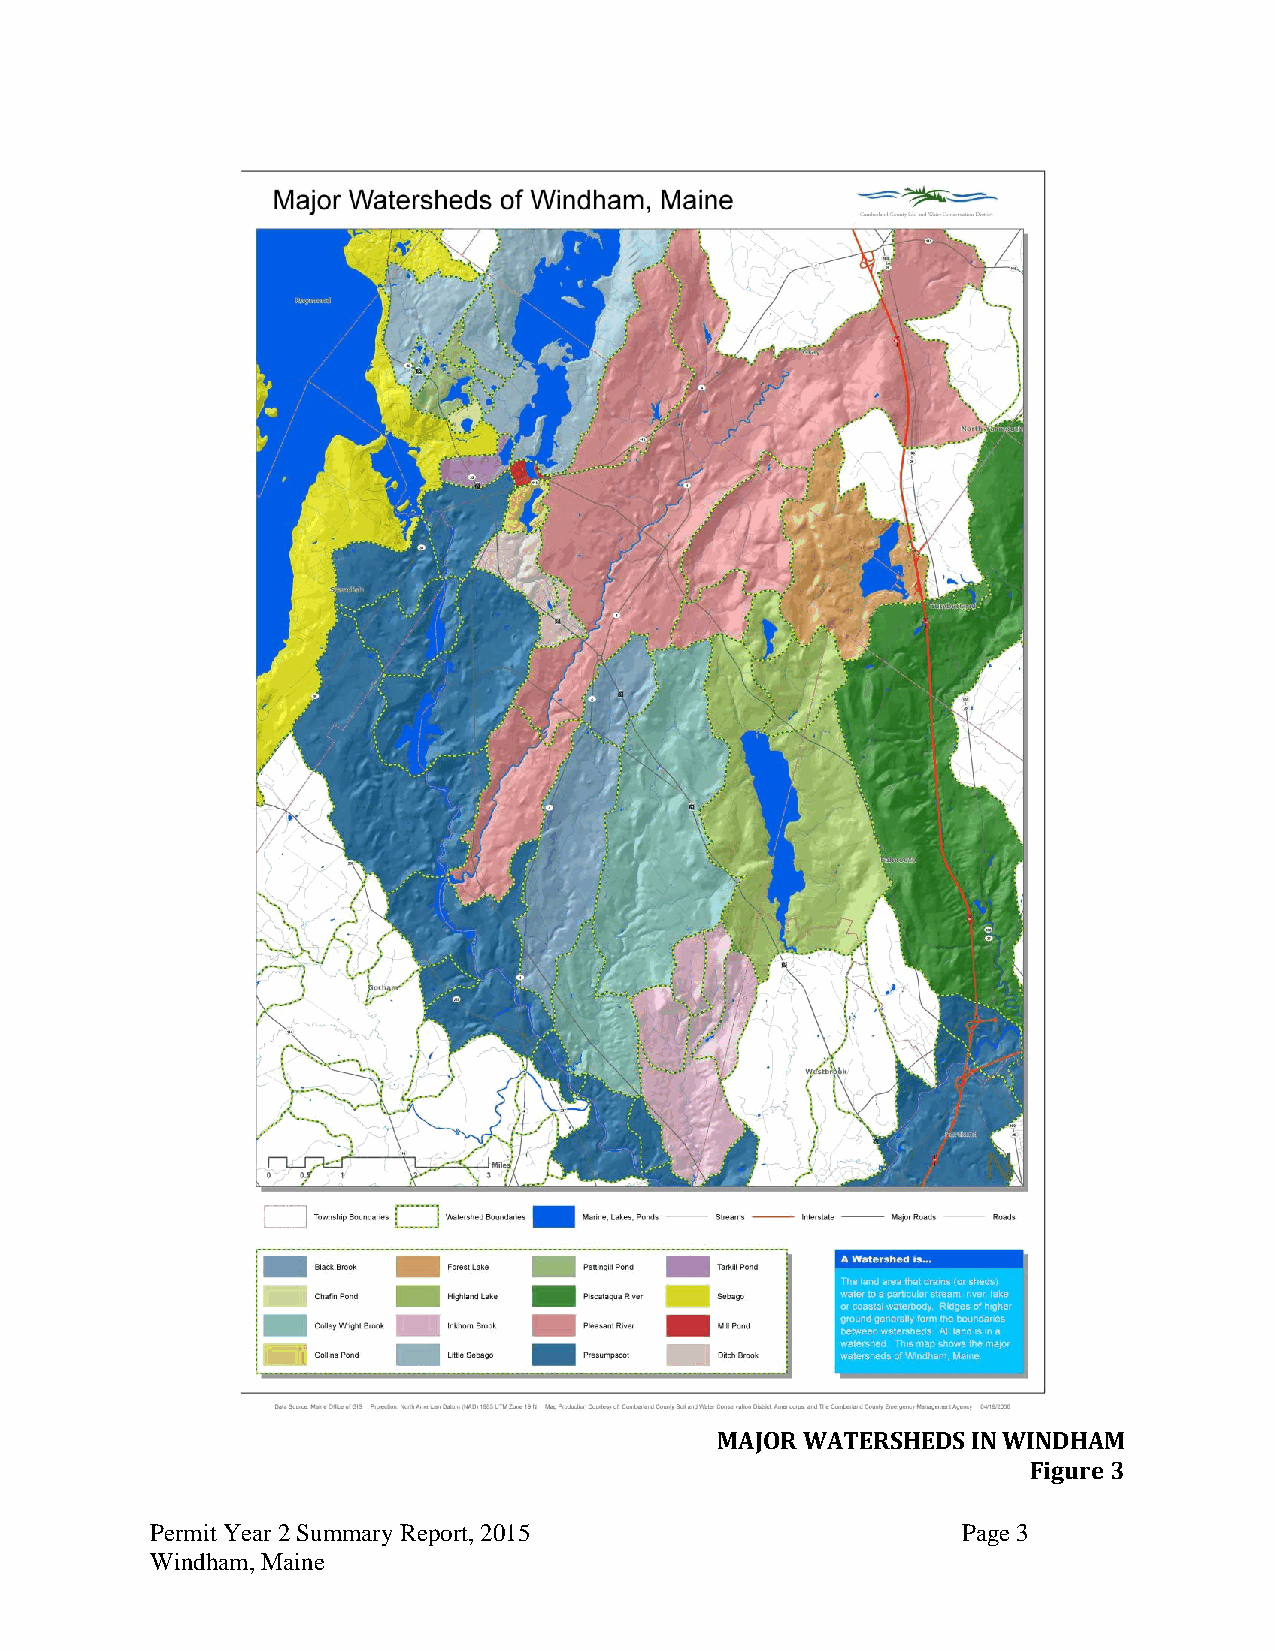
MAJOR WATERSHEDS IN WINDHAM
 Figure 3
 Permit Year 2 Summary Report, 2015                    Page 3
 Windham, Maine